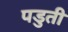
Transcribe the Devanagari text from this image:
पडुती